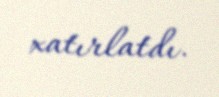
xatırlatdı.